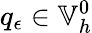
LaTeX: q_{\epsilon}\in\mathbb{V}_{h}^{0}